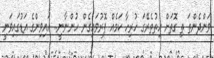
ވަންދެންތަ ތި ގޮތަށް ހިތުތެރޭގަ ހުރިހާ ކަމެއް ފޮރުވައިގެން ހުންނާނީ.. އައިވިންގެ އަޑުގައިވަނީ